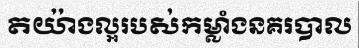
តយ៉ាងល្អរបស់កម្លាំងនគរបាល